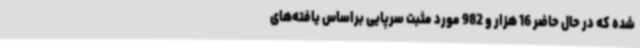
شده که در حال حاضر 16 هزار و 982 مورد مثبت سرپایی براساس یافته‌های